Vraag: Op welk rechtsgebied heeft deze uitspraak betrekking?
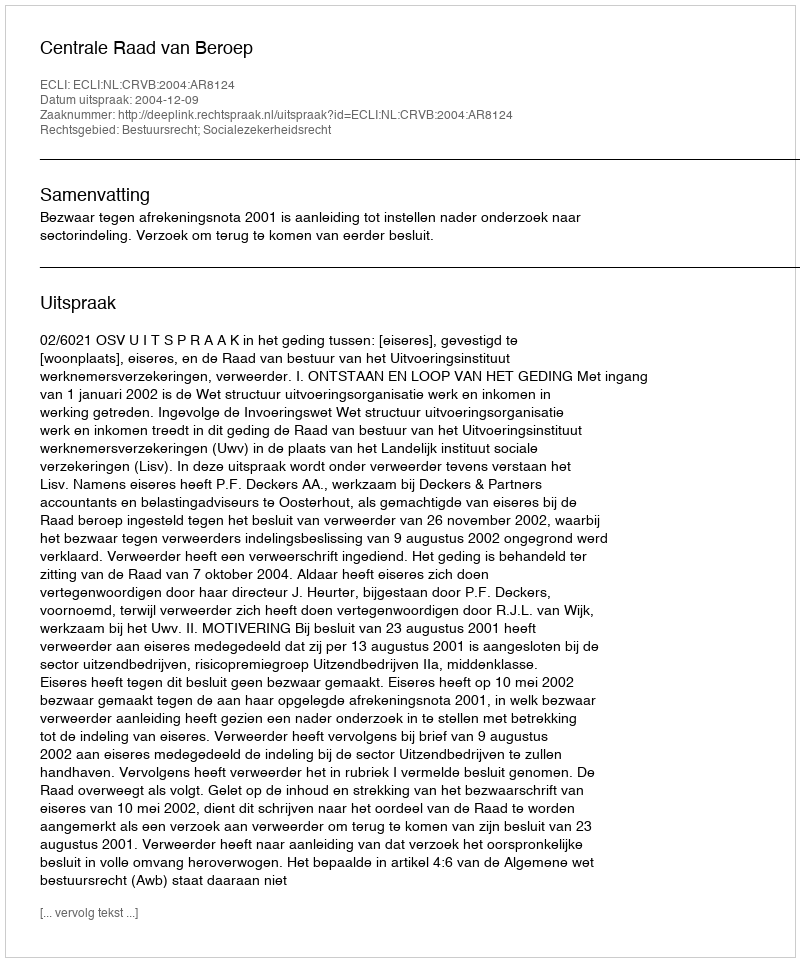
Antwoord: Bestuursrecht; Socialezekerheidsrecht